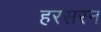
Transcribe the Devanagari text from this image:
हरसरन